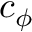
c _ { \phi }